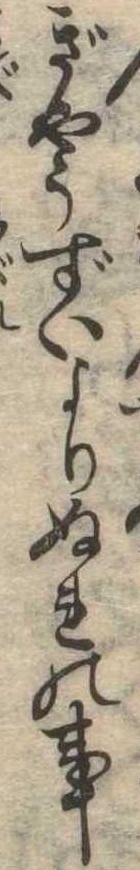
ぎやうずいよりぬれの事